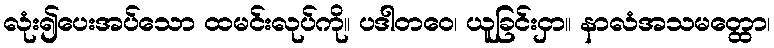
လုံး၍ပေးအပ်သော ထမင်းလုပ်ကို။ ပဒါတဝေ၊ ယူခြင်းငှာ။ နာလံအသမတ္ထော၊